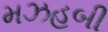
મઝહબી